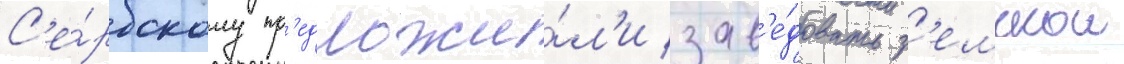
С'е́рбскому пр'едложи́л'и зав'е́довать з'емскои